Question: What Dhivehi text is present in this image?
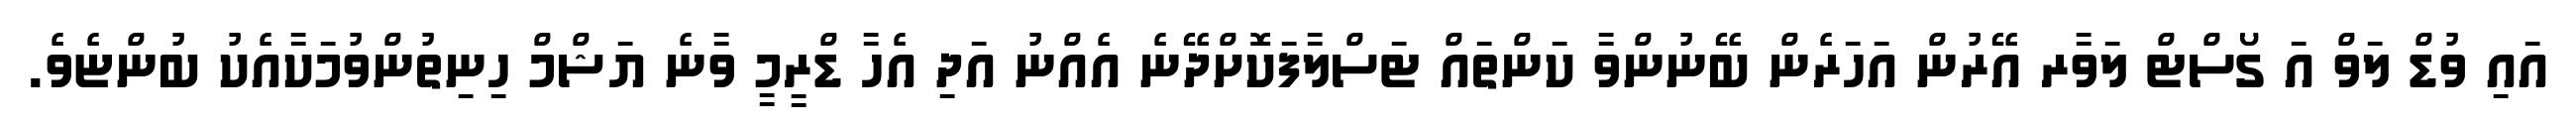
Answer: އައި ވުޑް ލަވް އަ ގޯސްޓް ލަވާރ އޭރުން އަހަރެން ބޭނުންވާ ކަންތައް ޓަސްލާފަކޮށްދޭނެ އެއްނު އަދި އެހާ ޑްރީމީ ވާނެ ޔަޝްމް ހިނިތުންވުމަކާއެކު ބުންޏެވެ.